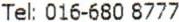
TEL: 016-680 8777